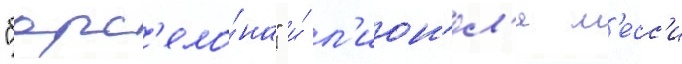
"барс'ело́на" и́ л'ион'ел'я м'есс'и